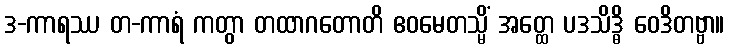
ဒ-ကာရဿ တ-ကာရံ ကတွာ တထာဂတောတိ ဧဝမေတသ္မိံ အတ္ထေ ပဒသိဒ္ဓိ ဝေဒိတဗ္ဗာ။